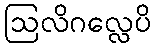
ဩလိဂလ္လေပိ